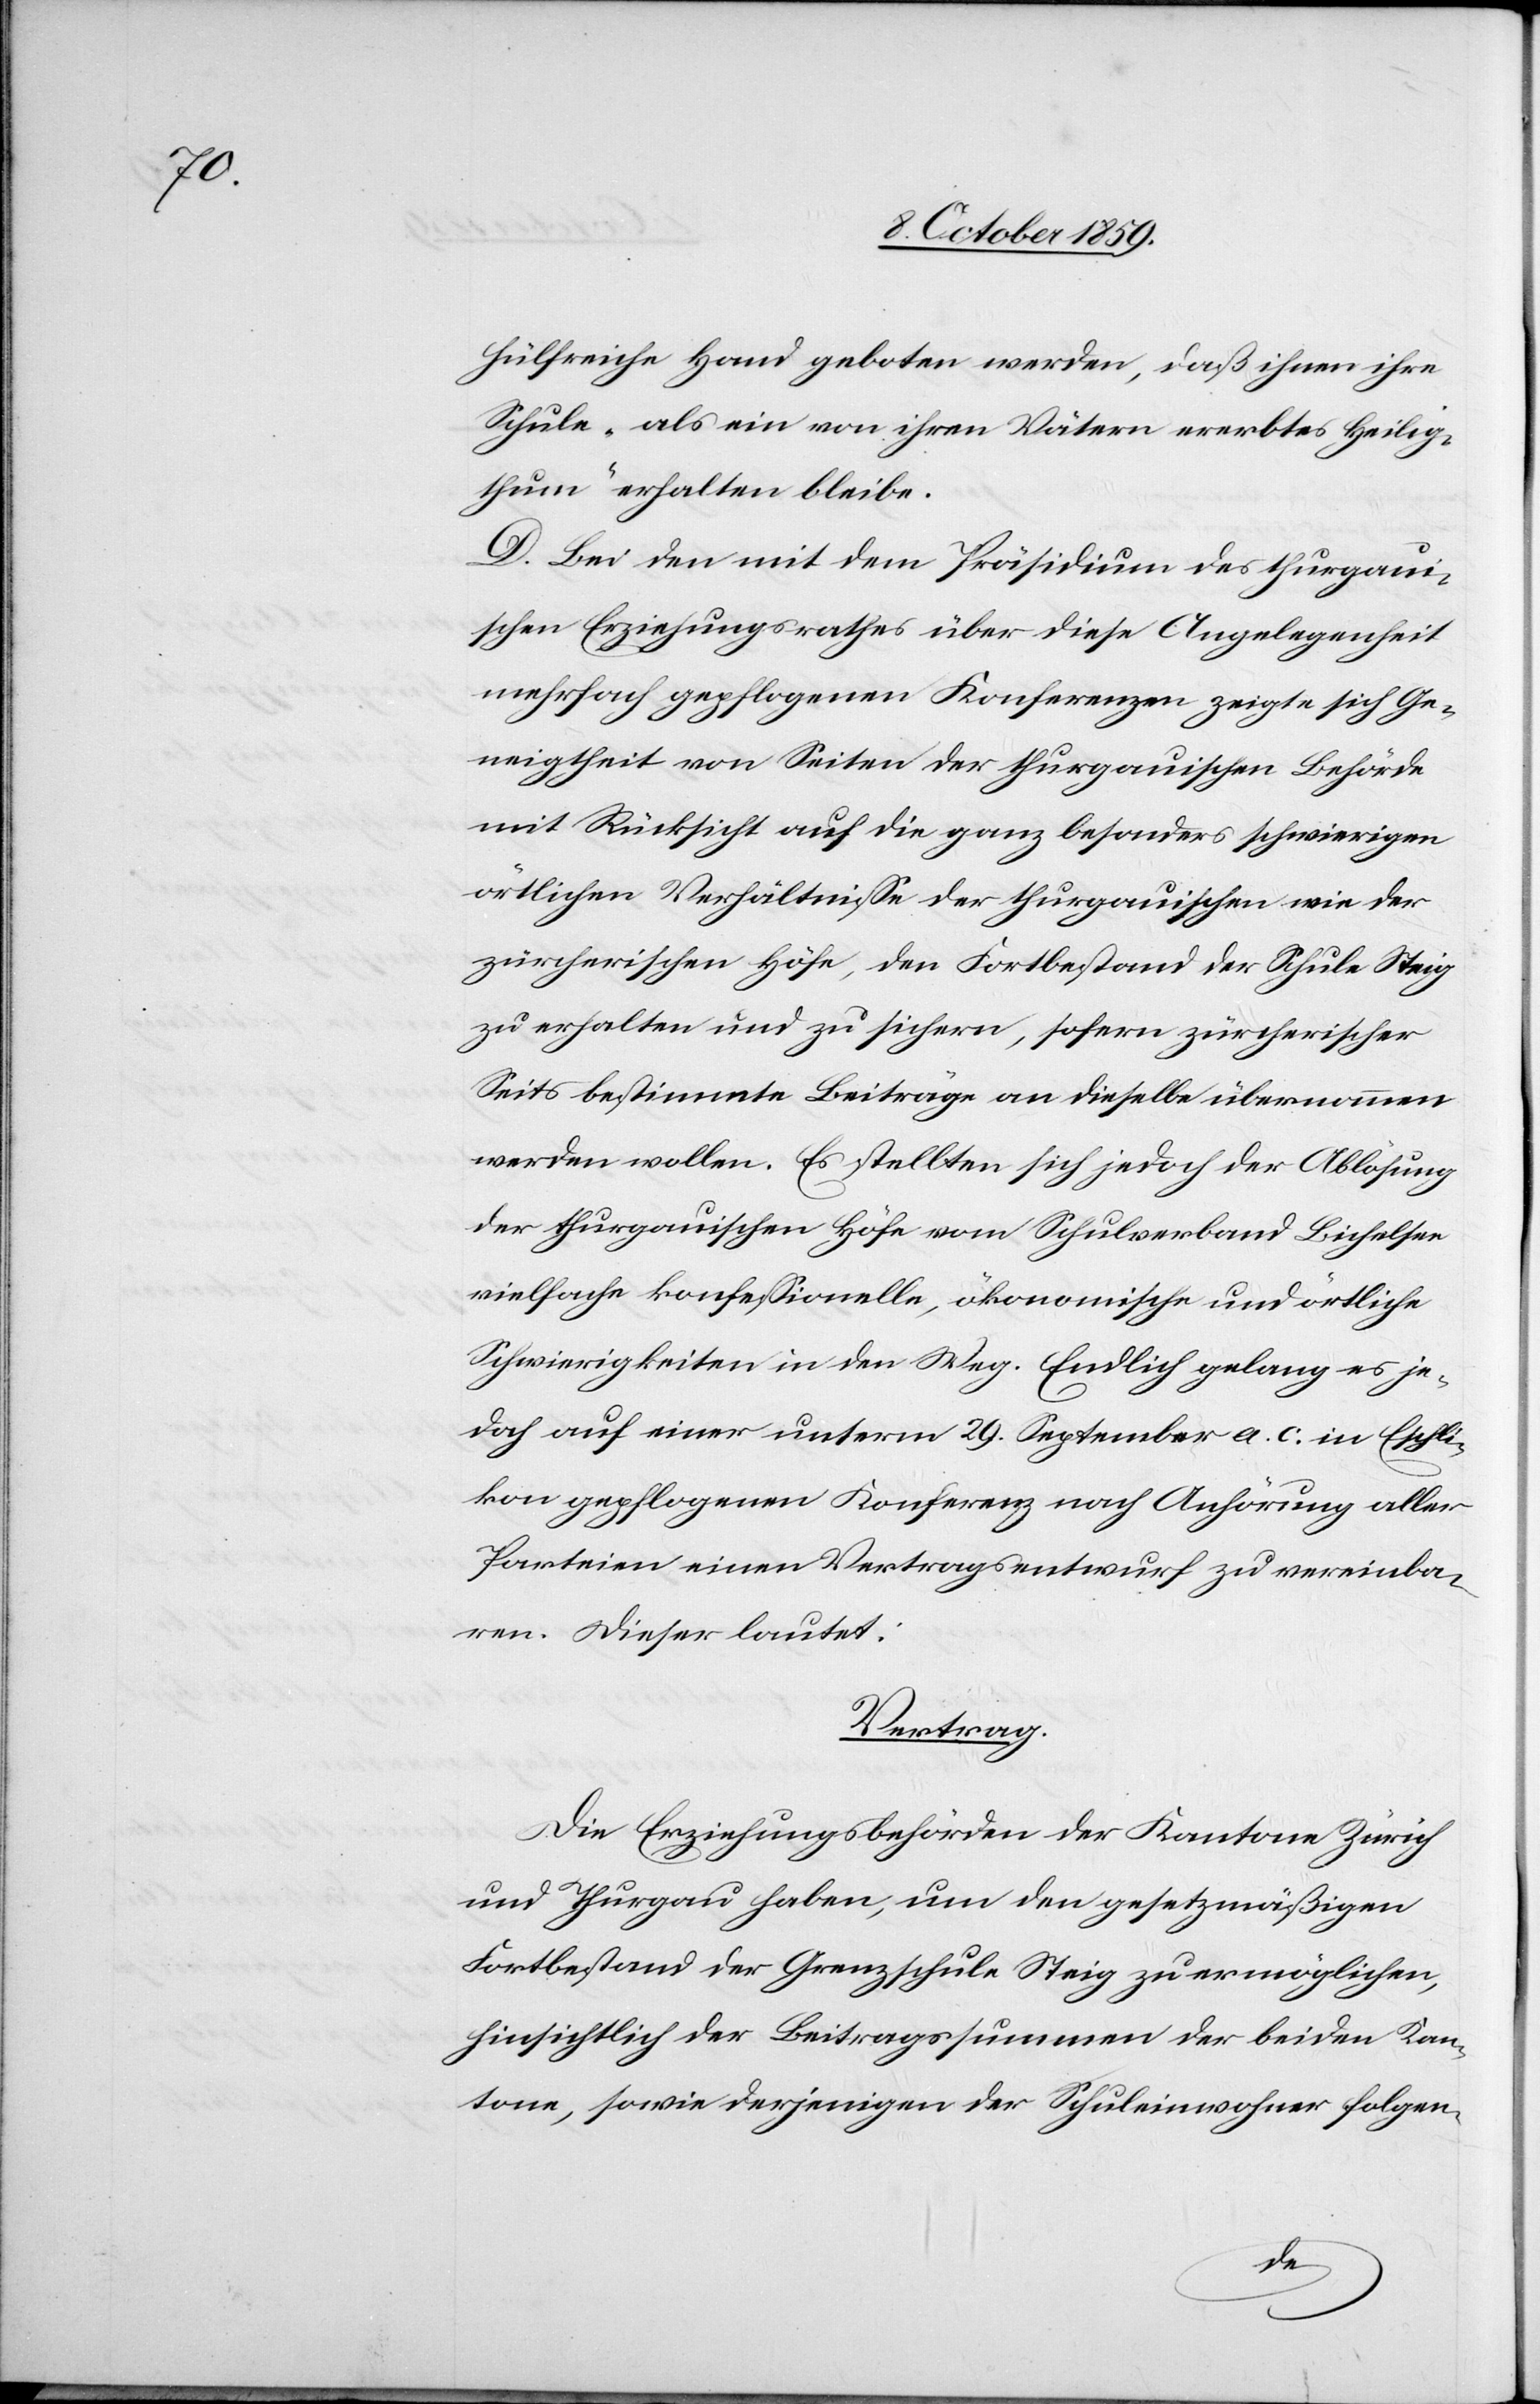
hülfreiche Hand geboten werden, daß ihnen ihre
Schule „als ein von ihren Vätern ererbtes Heilig¬
thum“ erhalten bleibe.
D. Bei den mit dem Präsidium des thurgaui¬
schen Erziehungsrathes über diese Angelegenheit
mehrfach gepflogenen Konferenzen zeigte sich Ge¬
neigtheit von Seiten der thurgauischen Behörde
mit Rücksicht auf die ganz besonders schwierigen
örtlichen Verhältnisse der thurgauischen wie der
zürcherischen Höfe, den Fortbestand der Schule Steig
zu erhalten und zu sichern, sofern zürcherischer
Seite bestimmte Beiträge an dieselbe übernommen
werden wollen. Es stellten sich jedoch der Ablösung
der thurgauischen Höfe vom Schulverband Bichelsen
vielfache konfessionelle, ökonomische und örtliche
Schwierigkeiten in den Weg. Endlich gelang es je¬
doch auf einer unterm 29. September a. c. in Epfli¬
kon gepflogenen Konferenz nach Anhörung aller
Parteien einen Vertragsentwurf zu vereinba¬
ren. Dieser lautet:
Vertrag:
Die Erziehungsbehörden der Kantone Zürich
und Thurgau haben, um den gesetzmäßigen
Fortbestand der Grenzschule Steig zu ermöglichen,
hinsichtlich der Beitragssumme der beiden Kan¬
tone, sowie derjenigen der Schuleinwohner folgen-